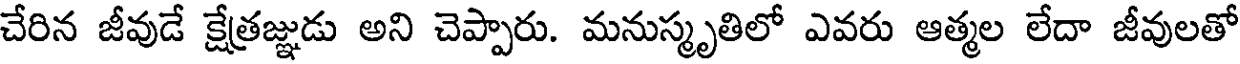
చేరిన జీవుడే క్షేత్రజ్ఞుడు అని చెప్పారు. మనుస్మృతిలో ఎవరు ఆత్మల లేదా జీవులతో